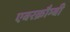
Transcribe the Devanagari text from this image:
एबरक्रौम्बी